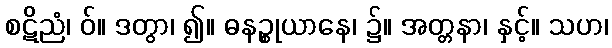
စဋိညံ၊ ဝ်။ ဒတွာ၊ ၍။ ဓနဉ္စုယာနေ၊ ၌။ အတ္တနာ၊ နှင့်။ သဟ၊